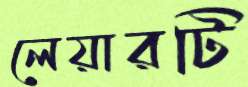
লেয়ারটি